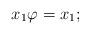
LaTeX: \begin{align*} x_1 \varphi = x_1; \end{align*}